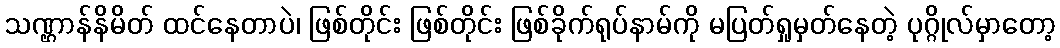
သဏ္ဌာန်နိမိတ် ထင်နေတာပဲ၊ ဖြစ်တိုင်း ဖြစ်တိုင်း ဖြစ်ခိုက်ရုပ်နာမ်ကို မပြတ်ရှုမှတ်နေတဲ့ ပုဂ္ဂိုလ်မှာတော့